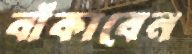
বাঁকাবেন